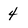
Character: 4